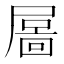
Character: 𡳄